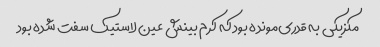
مکزیکی به قدری‌مونده بود که کرم بینش عین لاستیک سفت شده بود